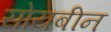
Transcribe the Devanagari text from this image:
सोयबीन